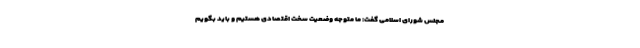
مجلس شورای اسلامی گفت: ما متوجه وضعیت سخت اقتصادی هستیم و باید بگویم